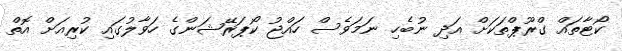
ކޯޓާތައް ގްރޫޕްތަކަށް އަދި ނުބެހި ނަމަވެސް ހައްޖު ކޯޕަރޭޝަންގެ ހަވާލުގައި ކުރިއަށް އޮތް